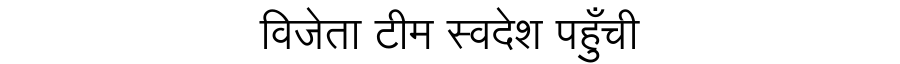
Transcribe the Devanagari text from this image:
विजेता टीम स्वदेश पहुँची